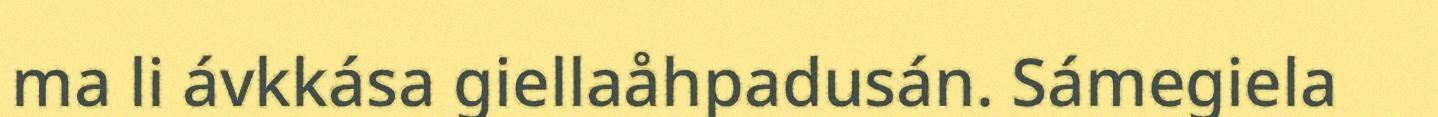
ma li ávkkása giellaåhpadusán. Sámegiela